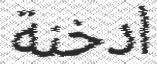
ادخنة